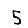
Digit: 5